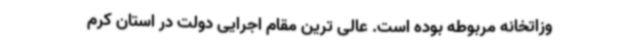
وزاتخانه مربوطه بوده است. عالی ترین مقام اجرایی دولت در استان کرم